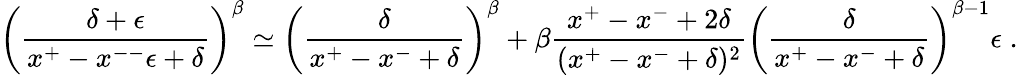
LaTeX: \left(\frac{\delta+\epsilon}{x^{+}-x^{--}\epsilon+\delta}\right)^{\beta}\simeq\left(\frac{\delta}{x^{+}-x^{-}+\delta}\right)^{\beta}+\beta\frac{x^{+}-x^{-}+2\delta}{(x^{+}-x^{-}+\delta)^{2}}\left(\frac{\delta}{x^{+}-x^{-}+\delta}\right)^{\beta-1}\epsilon\; .